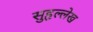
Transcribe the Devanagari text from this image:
सुहृल्लेख